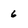
Character: 6